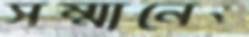
সম্মানেও